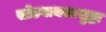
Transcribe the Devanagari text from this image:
सोडवायलासुद्धा